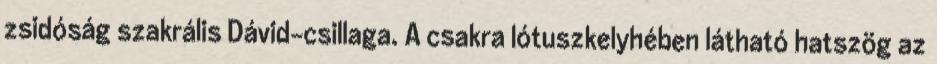
zsidóság szakrális Dávid-csillaga. A csakra lótuszkelyhében látható hatszög az